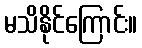
မသိနိုင်ကြောင်း။